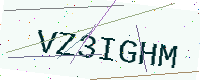
Text: VZ3IGHM